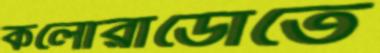
কলোরাডোতে